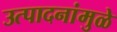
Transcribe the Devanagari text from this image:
उत्पादनांमुळे